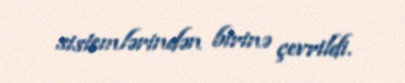
sistemlərindən birinə çevrildi.